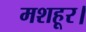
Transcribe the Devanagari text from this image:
मशहूर।